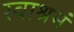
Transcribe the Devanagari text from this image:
स्वाश्रमं